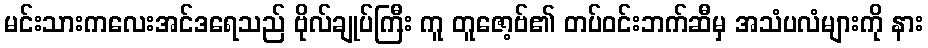
မင်းသားကလေးအင်ဒရေသည် ဗိုလ်ချုပ်ကြီး ကူ တူဇော့ဗ်၏ တပ်ဝင်းဘက်ဆီမှ အသံပလံများကို နား